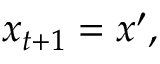
x _ { t + 1 } = x ^ { \prime } ,